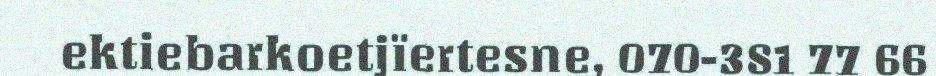
ektiebarkoetjïertesne, 070-381 77 66